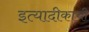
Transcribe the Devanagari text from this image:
इत्यादीकांची